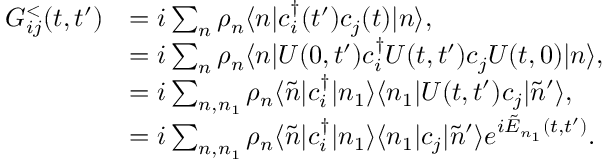
\begin{array} { r l } { G _ { i j } ^ { < } ( t , t ^ { \prime } ) } & { = i \sum _ { n } \rho _ { n } \langle n | c _ { i } ^ { \dagger } ( t ^ { \prime } ) c _ { j } ( t ) | n \rangle , } \\ & { = i \sum _ { n } \rho _ { n } \langle n | U ( 0 , t ^ { \prime } ) c _ { i } ^ { \dagger } U ( t , t ^ { \prime } ) c _ { j } U ( t , 0 ) | n \rangle , } \\ & { = i \sum _ { n , n _ { 1 } } \rho _ { n } \langle \Tilde { n } | c _ { i } ^ { \dagger } | n _ { 1 } \rangle \langle n _ { 1 } | U ( t , t ^ { \prime } ) c _ { j } | \Tilde { n } ^ { \prime } \rangle , } \\ & { = i \sum _ { n , n _ { 1 } } \rho _ { n } \langle \Tilde { n } | c _ { i } ^ { \dagger } | n _ { 1 } \rangle \langle n _ { 1 } | c _ { j } | \Tilde { n } ^ { \prime } \rangle e ^ { i \Tilde { E } _ { n _ { 1 } } ( t , t ^ { \prime } ) } . } \end{array}